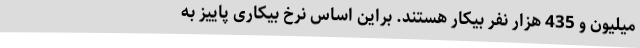
میلیون و 435 هزار نفر بیکار هستند. براین اساس نرخ بیکاری پاییز به